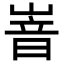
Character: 𡺞